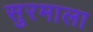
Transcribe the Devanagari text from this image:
सुरमाला